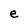
Character: e